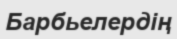
Барбьелердің